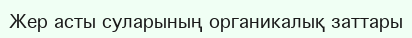
Жер асты суларының органикалық заттары